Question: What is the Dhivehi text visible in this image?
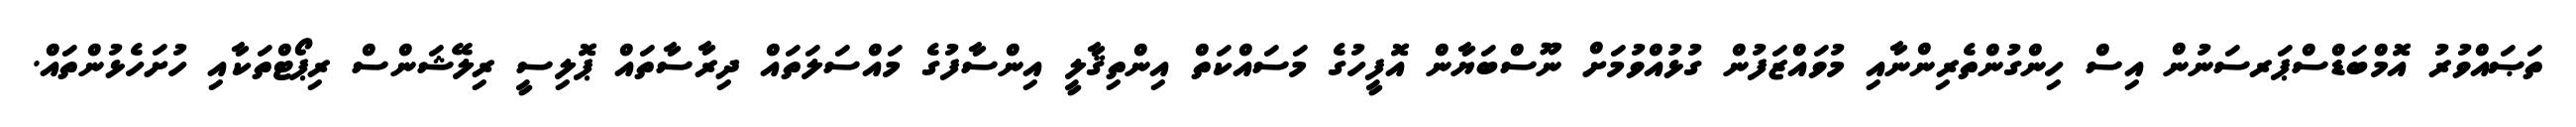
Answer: ތަޞައްވުރު އޮމްބަޑްސްޕަރސަނުން އިސް ހިންގުންތެރިންނާއި މުވައްޒަފުން ގުޅުއްވުމަށް ނޫސްބަޔާން އޮފީހުގެ މަސައްކަތް އިންތިޤާލީ އިންސާފުގެ މައްސަލަތައް ދިރާސާތައް ޕޮލިސީ ރިލޭޝަންސް ރިޕޯޓްތަކާއި ހުށަހެޅުންތައް.